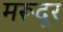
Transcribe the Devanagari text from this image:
मरूदूर